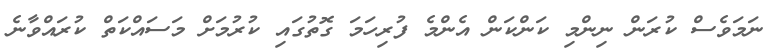
ނަމަވެސް ކުރަން ނިންމި ކަންކަން އެންމެ ފުރިހަމަ ގޮތުގައި ކުރުމަށް މަސައްކަތް ކުރައްވާނެ